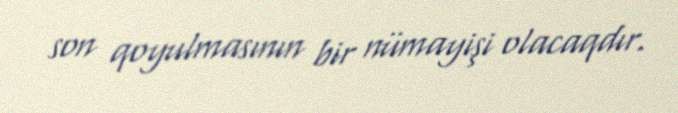
son qoyulmasının bir nümayişi olacaqdır.